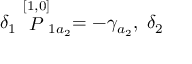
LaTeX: \delta _ { 1 } \stackrel { [ 1 , 0 ] } { \cal P } _ { 1 a _ { 2 } } = - \gamma _ { a _ { 2 } } , \; \delta _ { 2 }